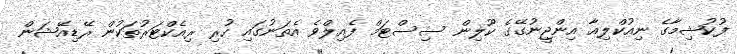
ފުކުޝިމާގެ ނިއުކްލިއާ އިންޖީނުގޭގެ ކޫލިން ސިސްޓަމް ފެއިލްވެ އެތަނުގައި ހުރި ރިއެކްޓަރުތަކުން ރޭޑިއޭޝަން